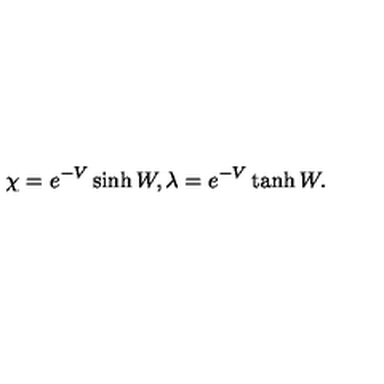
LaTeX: \chi = e ^ { - V } \sinh W , \lambda = e ^ { - V } \tanh W .